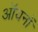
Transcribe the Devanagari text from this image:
ऑयनों